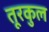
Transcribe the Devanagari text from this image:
तूरकुल